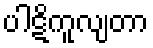
ပါဋိကူလျတာ